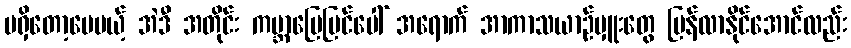
မရှိတော့ပေမယ့် အဲဒီ အတိုင်း ကမ္ဘာမြေပြင်ပေါ် အရောက် အာကာသယာဉ်မှူးတွေ ပြန်လာနိုင်အောင်လည်း